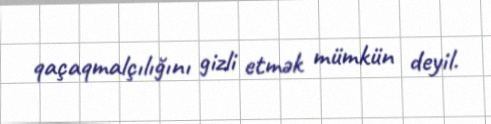
qaçaqmalçılığını gizli etmək mümkün deyil.